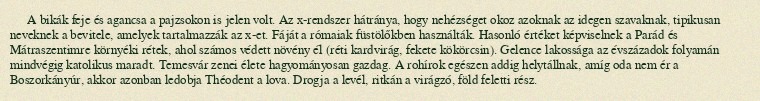
A bikák feje és agancsa a pajzsokon is jelen volt. Az x-rendszer hátránya, hogy nehézséget okoz azoknak az idegen szavaknak, tipikusan neveknek a bevitele, amelyek tartalmazzák az x-et. Fáját a rómaiak füstölőkben használták. Hasonló értéket képviselnek a Parád és Mátraszentimre környéki rétek, ahol számos védett növény él (réti kardvirág, fekete kökörcsin). Gelence lakossága az évszázadok folyamán mindvégig katolikus maradt. Temesvár zenei élete hagyományosan gazdag. A rohírok egészen addig helytállnak, amíg oda nem ér a Boszorkányúr, akkor azonban ledobja Théodent a lova. Drogja a levél, ritkán a virágzó, föld feletti rész.